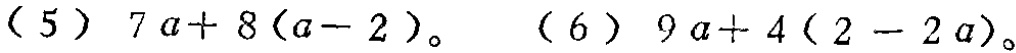
(5) \(7a + 8(a - 2)\)。(6) \(9a + 4(2 - 2a)\)。